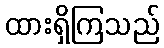
ထားရှိကြသည်